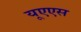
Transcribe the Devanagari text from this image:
यूएएस